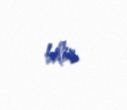
bilir.